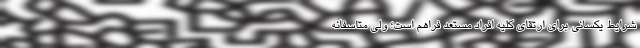
شرایط یکسانی برای ارتقای کلیه افراد مستعد فراهم است؛ ولی متاسفانه